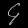
Digit: ၄